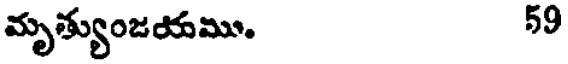
మృత్యుంజయము. 59